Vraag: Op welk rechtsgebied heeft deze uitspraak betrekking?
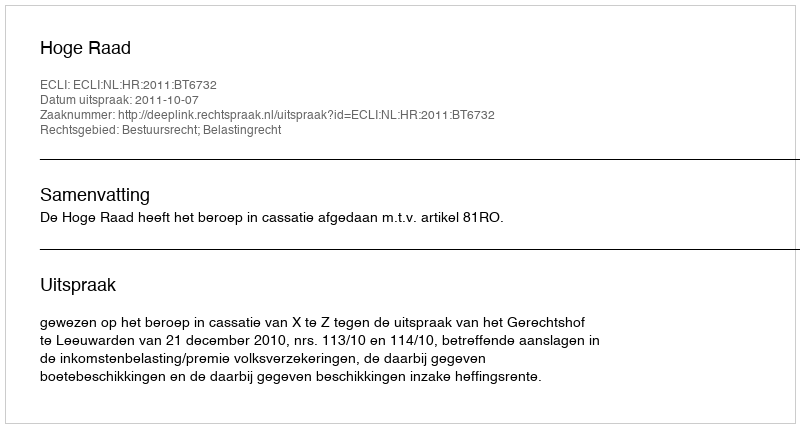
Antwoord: Bestuursrecht; Belastingrecht